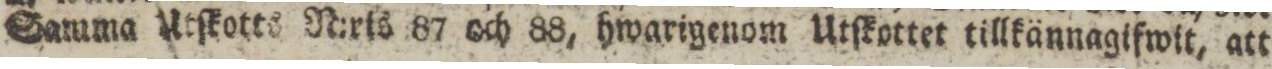
Samma Utſkotts N:ris 87 och 88, hwarigenom Utſkottet tillkännagifwit, att